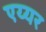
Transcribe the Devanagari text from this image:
एय्यर